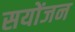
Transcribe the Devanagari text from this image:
सयोंजन